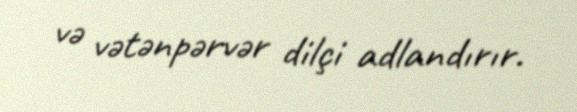
və vətənpərvər dilçi adlandırır.